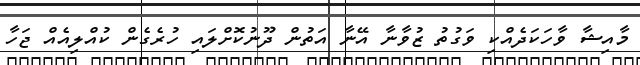
މާއިޝާ ވާހަކަދެއްކި ވަގުތު ޒުވާނާ އޭނާ އަތުން ދޫނުކޮށްލައި ހުރެގެން ކުއްލިއެއް ޖަހާ